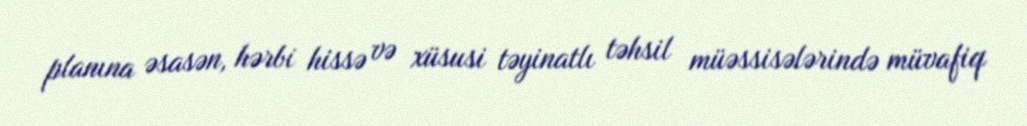
planına əsasən, hərbi hissə və xüsusi təyinatlı təhsil müəssisələrində müvafiq